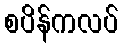
စပိန်ကလပ်